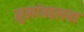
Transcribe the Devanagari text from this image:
मुलांबद्दलचा